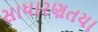
સાધારણતયા